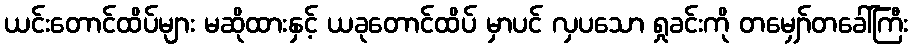
ယင်းတောင်ထိပ်များ မဆိုထားနှင့် ယခုတောင်ထိပ် မှာပင် လှပသော ရှုခင်းကို တမျှော်တခေါ်ကြီး